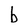
Character: b